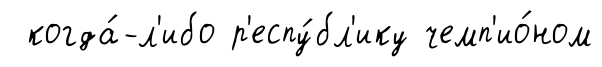
когда́-л'ибо р'еспу́бл'ику чемп'ио́ном